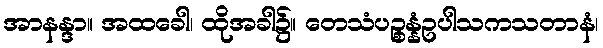
အာနန္ဒာ။ အထခေါ၊ ထိုအခါ၌။ တေသံပဉ္စန္နံဥပါသကသတာနံ၊